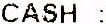
CASH :